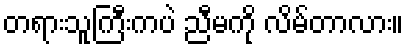
တရားသူကြီးကပဲ ညီမကို လိမ်တာလား။